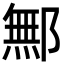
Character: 鄦